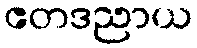
ဧတဒညာယ